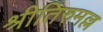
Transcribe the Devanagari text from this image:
श्रीतिरुमल्ल